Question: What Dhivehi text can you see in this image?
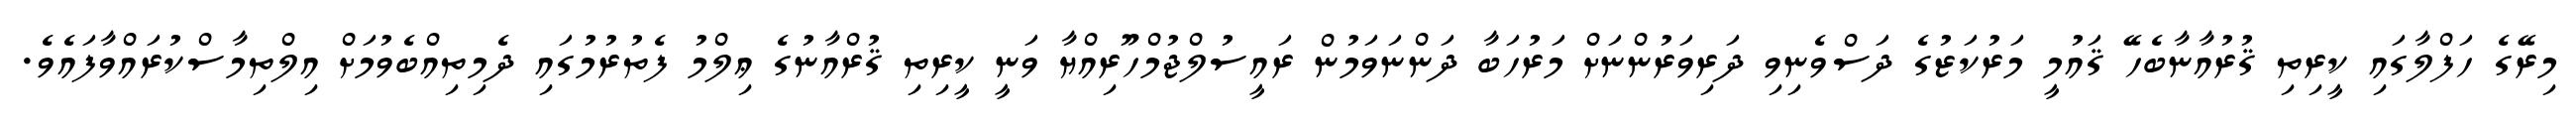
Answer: މިރޭގެ ހަފްލާގައި ކީރިތި ޤުރުއާނާބެހޭ ޤައުމީ މަރުކަޒުގެ ދަސްވެނިވި ދަރިވަރުންނަށް މަރުހަބާ ދަންނަވަމުން ރައީސުލްޖުމްހޫރިއްޔާ ވަނީ ކީރިތި ޤުރްއާނުގެ ޢިލްމު ފެތުރުމުގައި ދެމިތިއްބެވުމަށް އިލްތިމާސްކުރައްވާފައެވެ.